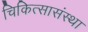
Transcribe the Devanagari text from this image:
चिकित्सासंस्था